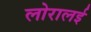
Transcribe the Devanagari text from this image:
लोरालई